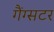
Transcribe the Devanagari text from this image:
गैंग्सटर